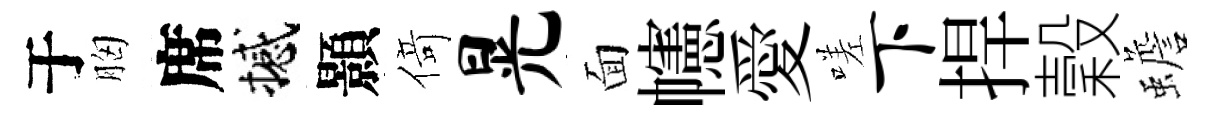
于胸席撼顥𠋣晃面幰愛嗟下捍穀蟾